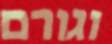
וגורם